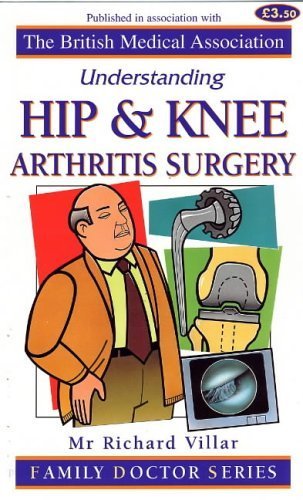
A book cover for Understanding Hip and Knee Arthritis Surgery (Family Doctor Series); Richard N. Villar; Health, Fitness & Dieting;